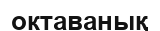
октаванық